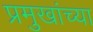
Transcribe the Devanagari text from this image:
प्रमुखांच्या